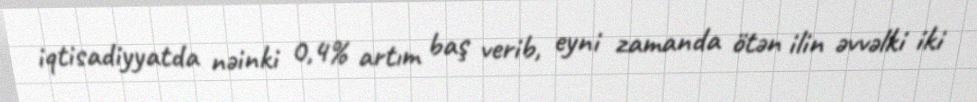
iqtisadiyyatda nəinki 0,4% artım baş verib, eyni zamanda ötən ilin əvvəlki iki